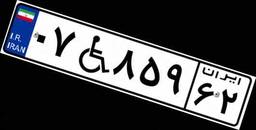
۰۷W۸۵۹۶۲